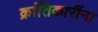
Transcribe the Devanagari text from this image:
क्रांतिकारींना